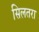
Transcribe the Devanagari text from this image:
सिलतरा